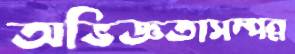
অভিজ্ঞতাসম্পন্ন